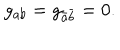
g _ { a b } = g _ { \bar { a } \bar { b } } = 0 .